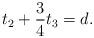
LaTeX: \begin{align*}t_{2} + \frac{3}{4}t_{3} = d.\end{align*}